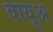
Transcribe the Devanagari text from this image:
वायुअ